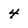
Character: 4